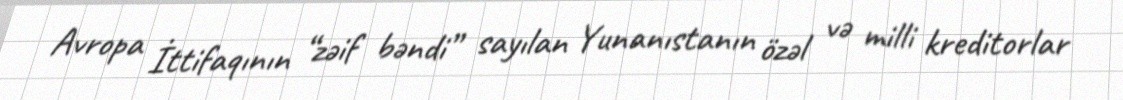
Avropa İttifaqının “zəif bəndi” sayılan Yunanıstanın özəl və milli kreditorlar